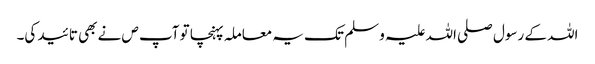
اللہ کے رسول صلی اللہ علیہ و سلم تک یہ معاملہ پہنچا تو آپ ص نے بھی تائید کی۔